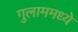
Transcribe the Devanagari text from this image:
गुलाममध्ये